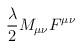
LaTeX: \begin{align*}{\lambda \over 2} M_{\mu\nu}F^{\mu\nu}\end{align*}